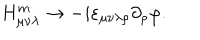
H _ { \mu \nu \lambda } ^ { m } \to - i \varepsilon _ { \mu \nu \lambda \rho } \partial _ { \rho } \varphi .